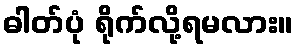
ဓါတ်ပုံ ရိုက်လို့ရမလား။